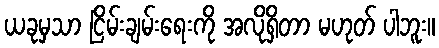
ယခုမှသာ ငြိမ်းချမ်းရေးကို အလိုရှိတာ မဟုတ် ပါဘူး။